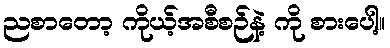
ညစာတော့ ကိုယ့်အစီစဉ်နဲ့ ကို စားပေါ့။